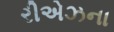
રીએઝના